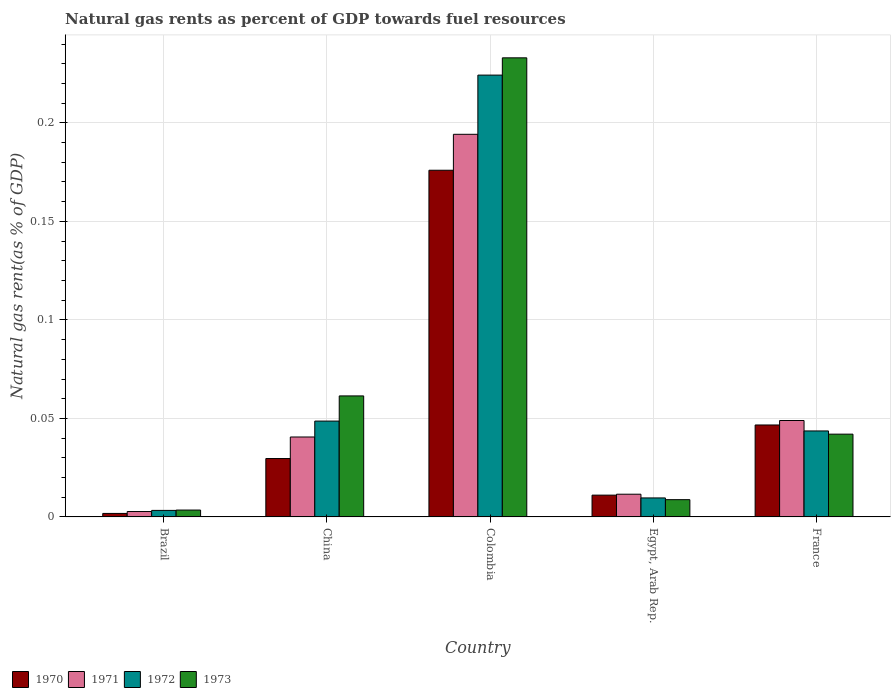
| Country | 1970 | 1971 | 1972 | 1973 |
 | --- | --- | --- | --- | --- |
 | Brazil | 0.00178 | 0.00274 | 0.00332 | 0.00349 |
 | China | 0.0296 | 0.0406 | 0.0486 | 0.0614 |
 | Colombia | 0.176 | 0.194 | 0.224 | 0.233 |
 | Egypt, Arab Rep. | 0.0111 | 0.0115 | 0.00964 | 0.00876 |
 | France | 0.0467 | 0.0489 | 0.0436 | 0.042 |